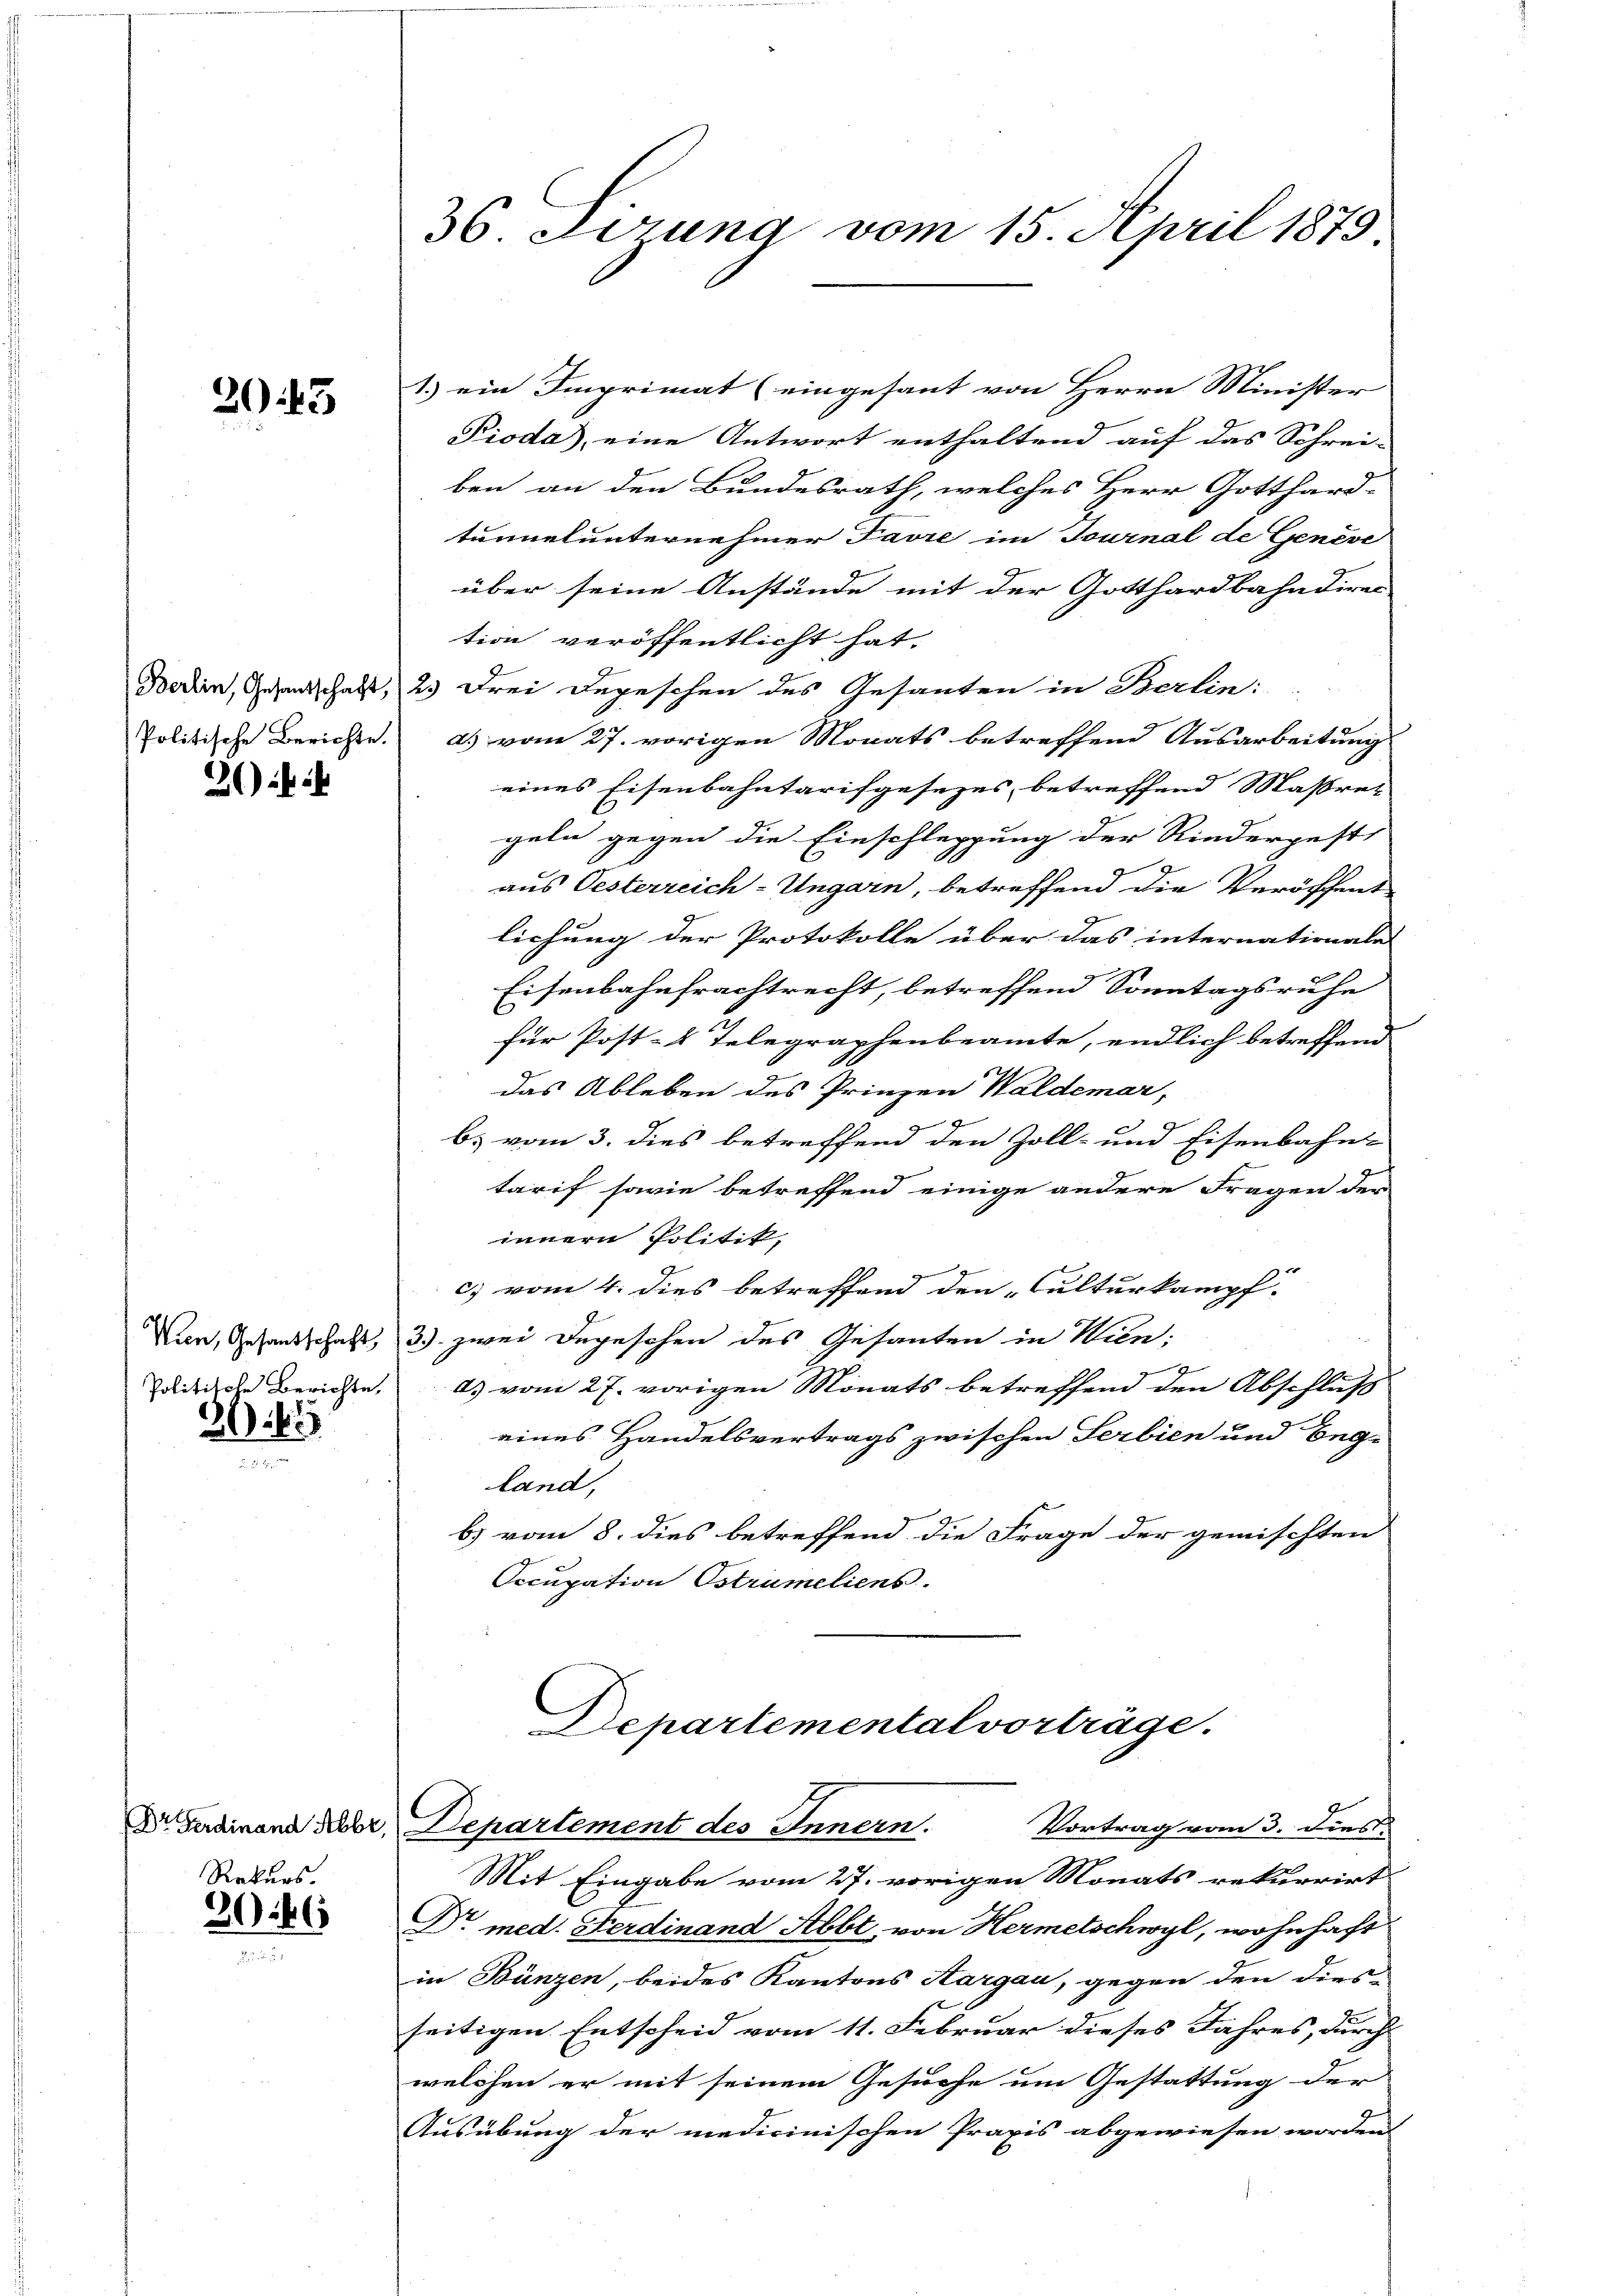
39. 43

2) i

Politische Berichte,

2015

Rekurs.

2066

1.) ein Imprimat (eingesant von Herrn Minister
Pioda, eine Antwort enthaltend auf das Schrei-
ben an den Bundesrath, welches Herr Gotthard-
tunnel unternehmer Favre im Tournal de Genève
über seine Anstände mit der Gotthardbahndiren
tion veröffentlicht hat.
Boden, Gesandschaft, 2 Drei Depeschen des Gesanten in Berlin:
Politische Berichte. a. vom 27. vorigen Monats betreffend Ausarbeitung
eines Eisenbahntarifgesezes betreffend Massret
geln gegen die Einschleppung der Riedergest
aus Oesterreich-Ungarn, betreffend die Veröffent
lichung der Protokolle über das internationale
Eisenbahnfrachtrecht, betreffend Sonntagsruhe
für Post-4 Telegraphenbeamte, endlich betreffend
das Ableben des Prinzen Waldemar,
b) vom 3. dies betreffend den Zoll- und Eisenbahn-
tarif sowie betreffend einige andere Fragen der
innern Politik,
c) vom 4. dies betreffend den „Culturkampf
Vin, Gesandtschaft 3.) zwei Degesehen des Gesanten in Wien:
9
d) vom 27. vorigen Monats betreffend den Abschluß
eines Handelsvertrags zwischen Serbien und Eng-
land,
b) vom 8. dies betreffend die Frage der gemischten
Secupation Ostrumeliens.

36. Firung vom 15. April 1873.

Departemental vorträge.
Dr. Ferdinand hebe, Departement des Innern.
Vortrag vom 3. dies

Mit Eingabe vom 27. vorigen Monats rekurrirt
Dr med. Ferdinand Abbt, von Hermetschwyl, wohnhaft
in Bünzen, beides Kantons Aargau, gegen den dies-
seitigen Entscheid vom 11. Februar dieses Jahres, durch
welchen er mit seinem Gesuche um Gestattung der
Ausübung der medicinischen Praxis abgewiesen worden